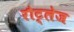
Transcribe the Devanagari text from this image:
रौट्लेज